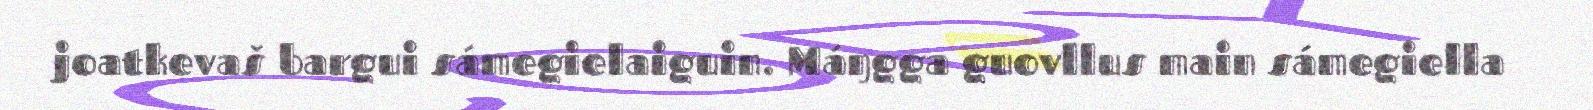
joatkevaš bargui sámegielaiguin. Máŋgga guovllus main sámegiella